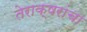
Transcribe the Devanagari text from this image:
तेराक्षरांचा